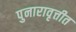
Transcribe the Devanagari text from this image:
पुनारावृत्तीत